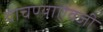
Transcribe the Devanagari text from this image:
वाचण्याऐवजी